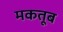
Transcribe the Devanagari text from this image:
मकतूब